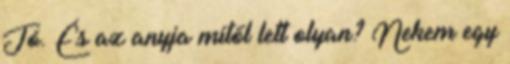
Jó. És az anyja mitől lett olyan? Nekem egy